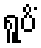
ရူပိံ